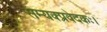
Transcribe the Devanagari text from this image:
सम्यक्प्रवेदकः।